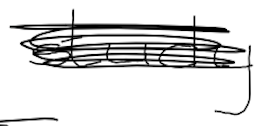
Text: study
Cross-out: scratch
Writing tool: digital_black